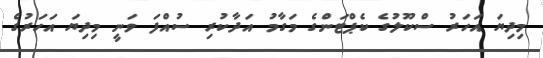
މިދިޔަ އަހަރު ސްކޫލުގެ ކެޕްޓަންގެ މަގާމު އަދާކުރި ސުއްފަ ވަނީ މިދިޔަ އަހަރުގެ